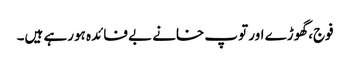
فوج، گھوڑے اور توپ خانے بے فائدہ ہورہے ہیں۔